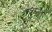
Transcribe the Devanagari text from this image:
शत्रुघ्न।